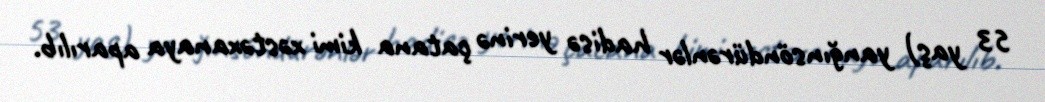
53 yaş) yanğınsöndürənlər hadisə yerinə çatana kimi xəstəxanaya aparılıb.